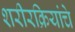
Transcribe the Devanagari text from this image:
शरीरक्रियांचे